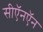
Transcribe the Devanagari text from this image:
सीऍनऍन